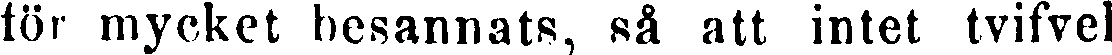
för mycket besannats, så att intet tvifvel